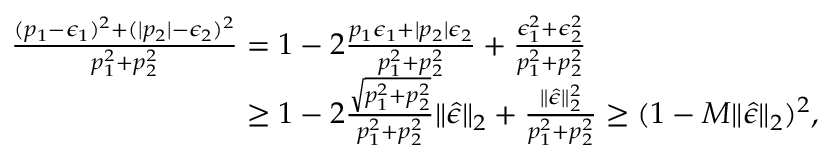
\begin{array} { r l } & { \frac { ( p _ { 1 } - \epsilon _ { 1 } ) ^ { 2 } + ( \vert p _ { 2 } \vert - \epsilon _ { 2 } ) ^ { 2 } } { p _ { 1 } ^ { 2 } + p _ { 2 } ^ { 2 } } = 1 - 2 \frac { p _ { 1 } \epsilon _ { 1 } + \vert p _ { 2 } \vert \epsilon _ { 2 } } { p _ { 1 } ^ { 2 } + p _ { 2 } ^ { 2 } } + \frac { \epsilon _ { 1 } ^ { 2 } + \epsilon _ { 2 } ^ { 2 } } { p _ { 1 } ^ { 2 } + p _ { 2 } ^ { 2 } } } \\ & { \phantom { \frac { ( p _ { 1 } - \epsilon _ { 1 } ) ^ { 2 } + ( \vert p _ { 2 } \vert - \epsilon _ { 2 } ) ^ { 2 } } { p _ { 1 } ^ { 2 } + p _ { 2 } ^ { 2 } } } \geq 1 - 2 \frac { \sqrt { p _ { 1 } ^ { 2 } + p _ { 2 } ^ { 2 } } } { p _ { 1 } ^ { 2 } + p _ { 2 } ^ { 2 } } \Vert \widehat { \epsilon } \Vert _ { 2 } + \frac { \Vert \widehat { \epsilon } \Vert _ { 2 } ^ { 2 } } { p _ { 1 } ^ { 2 } + p _ { 2 } ^ { 2 } } \geq ( 1 - M \Vert \widehat { \epsilon } \Vert _ { 2 } ) ^ { 2 } , } \end{array}